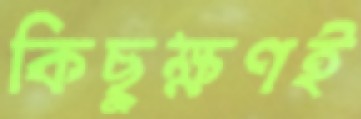
কিছুক্ষণই